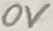
Text: 0V